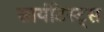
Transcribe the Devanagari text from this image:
सायंटिस्ट्स